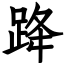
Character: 跭